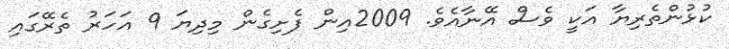
ކުޅުންތެރިޔާ އަކީ ވެސް އޭނާއެވެ. 2009އިން ފެށިގެން މިދިޔަ 9 އަހަރު ތެރޭގައި